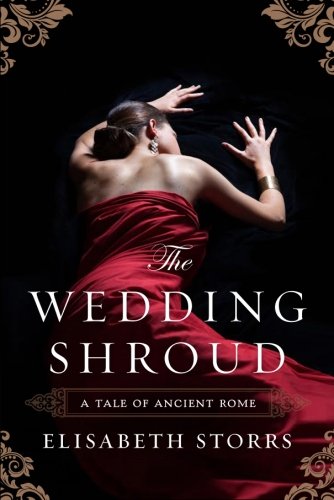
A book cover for The Wedding Shroud (A Tale of Ancient Rome); Elisabeth Storrs; Romance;